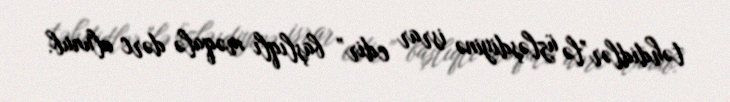
təhdidlər”lə üzləşdiyinə israr edir” başlıqlı məqalə dərc olunub.